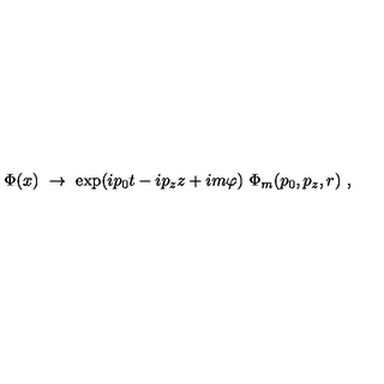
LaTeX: \Phi ( x ) \ \rightarrow \ \exp ( i p _ { 0 } t - i p _ { z } z + i m \varphi ) \ \Phi _ { m } ( p _ { 0 } , p _ { z } , r ) \ ,